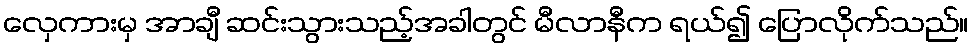
လှေကားမှ အာချီ ဆင်းသွားသည့်အခါတွင် မီလာနီက ရယ်၍ ပြောလိုက်သည်။